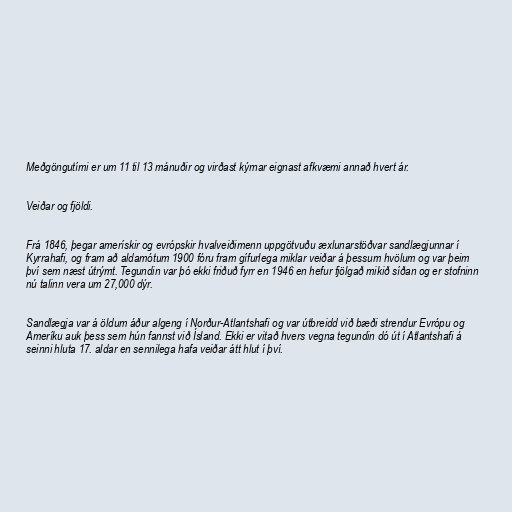
Meðgöngutími er um 11 til 13 mánuðir og virðast kýrnar eignast afkvæmi annað hvert ár.

Veiðar og fjöldi.

Frá 1846, þegar amerískir og evrópskir hvalveiðimenn uppgötvuðu æxlunarstöðvar sandlægjunnar í
Kyrrahafi, og fram að aldamótum 1900 fóru fram gífurlega miklar veiðar á þessum hvölum og var þeim
því sem næst útrýmt. Tegundin var þó ekki friðuð fyrr en 1946 en hefur fjölgað mikið síðan og er stofninn
nú talinn vera um 27,000 dýr.

Sandlægja var á öldum áður algeng í Norður-Atlantshafi og var útbreidd við bæði strendur Evrópu og
Ameríku auk þess sem hún fannst við Ísland. Ekki er vitað hvers vegna tegundin dó út í Atlantshafi á
seinni hluta 17. aldar en sennilega hafa veiðar átt hlut í því.